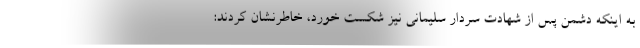
به اینکه دشمن پس از شهادت سردار سلیمانی نیز شکست خورد، خاطرنشان کردند: